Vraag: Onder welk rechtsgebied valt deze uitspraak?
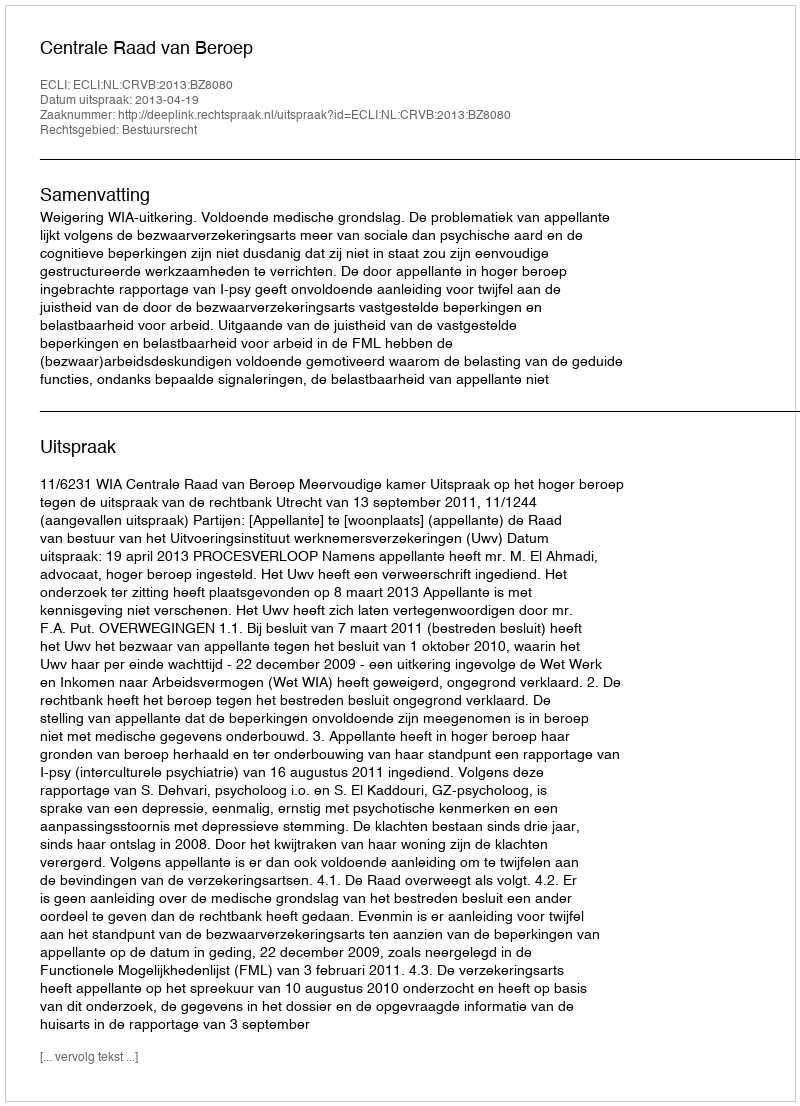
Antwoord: Bestuursrecht